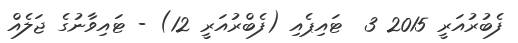
ފެބުރުއަރީ 2015 3  ޓައިޕެއި (ފެބްރުއަރީ 12) - ޓައިވާނުގެ ޖަލެއް